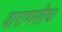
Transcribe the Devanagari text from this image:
वाराणसीचा